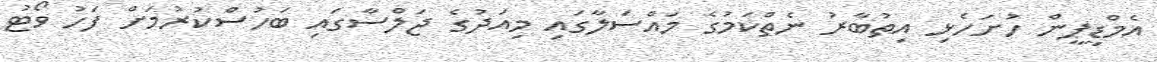
އެމްޑީޕީން ހުށަހެޅި އިތުބާރު ނެތްކަމުގެ މައްސަލާގައި މިއަދުގެ ޖަލްސާގައި ބަހުސްކުރުމަށް ފަހު ވޯޓު